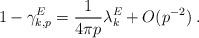
LaTeX: \begin{align*}1-\gamma_{k,p}^E =\frac{1}{4\pi p}\lambda_k^E + O(p^{-2})\;.\end{align*}